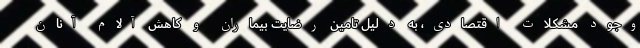
وجود مشکلات اقتصادی، به دلیل تامین رضایت بیماران و کاهش آلام آنان